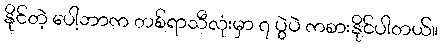
နိုင်တဲ့ ပေါ့ဘာက တစ်ရာသီလုံးမှာ ၇ ပွဲပဲ ကစားနိုင်ပါတယ်။